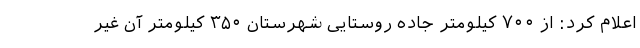
اعلام کرد: از ۷۰۰ کیلومتر جاده روستایی شهرستان ۳۵۰ کیلومتر آن غیر